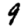
Digit: 9